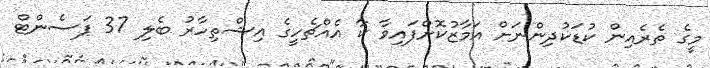
މީގެ ތެރެއިން ކުޑަކުދިންނަށް އަމާޒުކޮށްފައިވާ ކާ އެއްޗެހީގެ އިޝްތިހާރު ބެލި 37 ޕަސެންޓް